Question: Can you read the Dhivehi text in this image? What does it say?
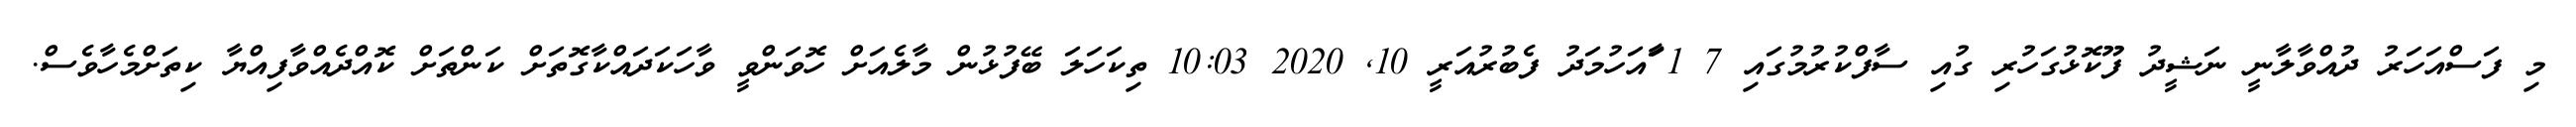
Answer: މި ފަސްއަހަރު ދުއްވާލާނީ ނަޝީދު ފޫކޮޅުގަހުރި ގުއި ސާފްކުރުމުގައި 7 1 ާައަހުމަދު ފެބުރުއަރީ 10, 2020 10:03 ތިކަހަލަ ބޭފުޅުން މާލެއަށް ހޮވަންވީ ވާހަކަދައްކާގޮތަށް ކަންތަށް ކޮއްދެއްވާފިއްޔާ ކިތަށްމެހާވެސް.